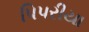
પિપરીયા